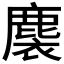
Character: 𪊬